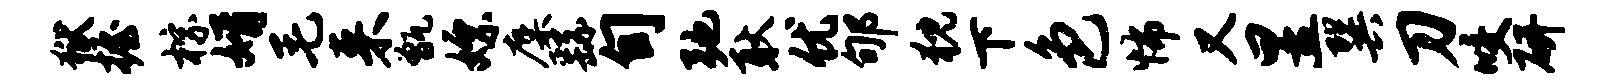
狱握棕婿毛来甑嫖麋繇旬弛耿优郇猊下色怖又昱巽刀咬研